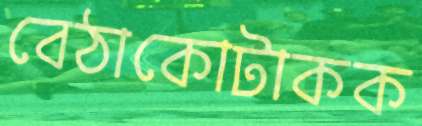
বেঠাকোটাকক